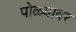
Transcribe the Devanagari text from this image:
पोळ्यावर